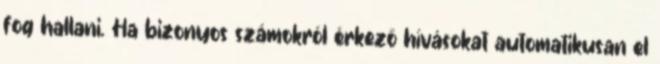
fog hallani. Ha bizonyos számokról érkező hívásokat automatikusan el